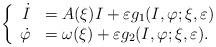
LaTeX: \begin{align*}\left\{\begin{array}{rl}\dot I & = A(\xi)I+\varepsilon g_1(I,\varphi; \xi,\varepsilon)\\\dot{\varphi} & =\omega(\xi)+\varepsilon g_2(I,\varphi; \xi,\varepsilon).\end{array}\right. \end{align*}